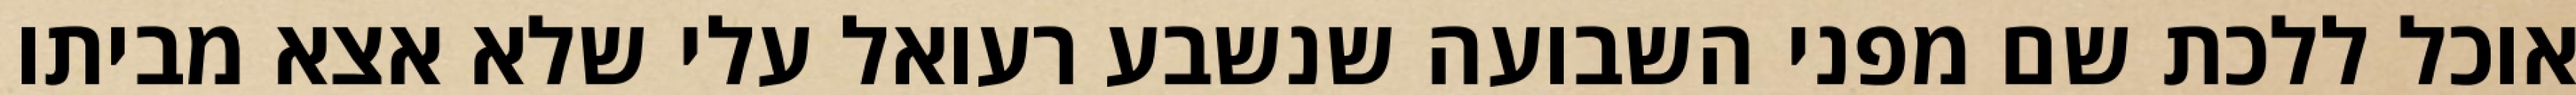
אוכל ללכת שם מפני השבועה שנשבע רעואל עלי שלא אצא מביתו